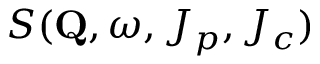
S ( \mathbf { Q } , \omega , J _ { p } , J _ { c } )